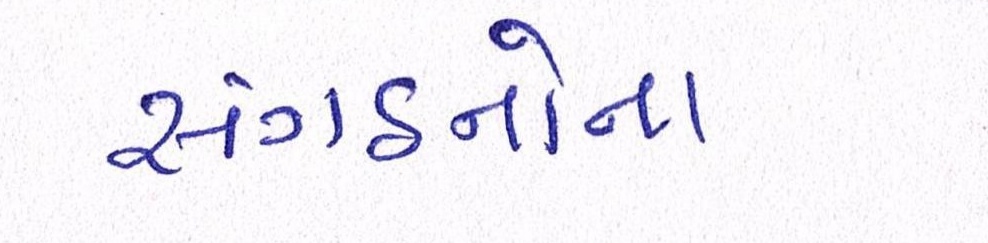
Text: સંગઠનોના